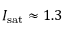
I _ { \mathrm { s a t } } \approx 1 . 3